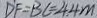
D ^ { \prime } F = B C = 4 . 4 m